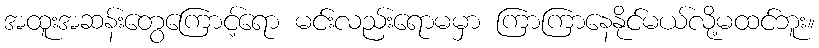
အထူးအဆန်းတွေကြောင့်ရော မင်းလည်းရောမမှာ ကြာကြာနေနိုင်မယ်လို့မထင်ဘူး။